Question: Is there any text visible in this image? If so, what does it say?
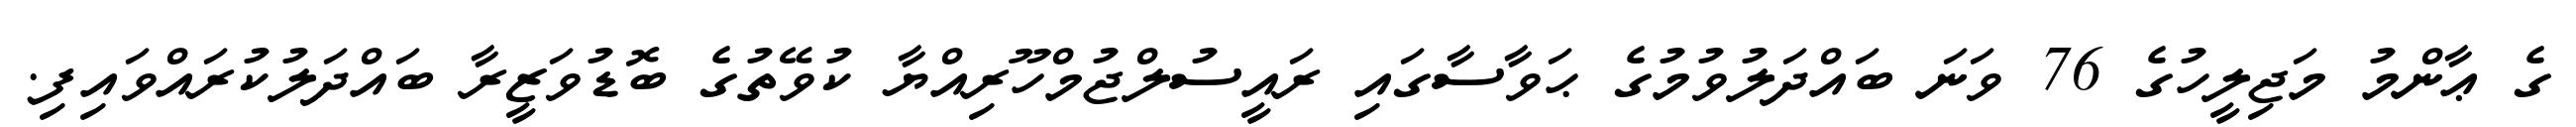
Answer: ގެ ޢާންމު މަޖިލީހުގެ 76 ވަނަ ބައްދަލުވުމުގެ ޙަވާސާގައި ރައީސުލްޖުމްހޫރިއްޔާ ކުވޭތުގެ ބޮޑުވަޒީރާ ބައްދަލުކުރައްވައިފި.